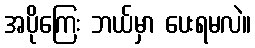
အပိုကြေး ဘယ်မှာ ပေးရမလဲ။